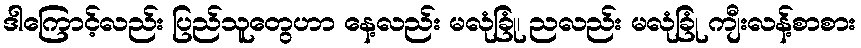
ဒါကြောင့်လည်း ပြည်သူတွေဟာ နေ့လည်း မလုံခြုံ၊ ညလည်း မလုံခြုံ ကျီးလန့်စာစား